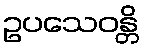
ဥပသေဝန္တိ